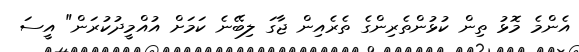
އެންމެ މޮޅު ތިން ކުޅުންތެރިންގެ ތެރެއިން ޖާގަ ލިބޭނެ ކަމަށް އުއްމީދުކުރަން" އީސަ